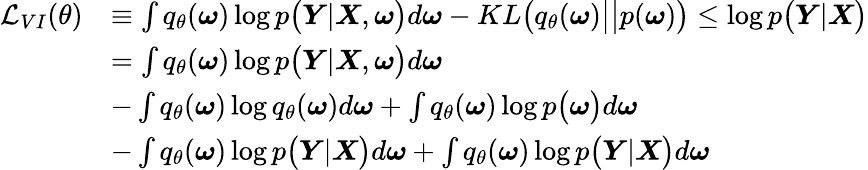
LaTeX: \begin{array}{rl}{\mathcal{L}_{VI}(\theta)}&{\equiv\int q_{\theta}(\boldsymbol{\omega})\log p\big(\boldsymbol{Y}|\boldsymbol{X},\boldsymbol{\omega}\big)d\boldsymbol{\omega}-KL\big(q_{\theta}(\boldsymbol{\omega})\big|\big|p(\boldsymbol{\omega})\big)\leq\log p\big(\boldsymbol{Y}|\boldsymbol{X}\big)}\\ &{=\int q_{\theta}(\boldsymbol{\omega})\log p\big(\boldsymbol{Y}|\boldsymbol{X},\boldsymbol{\omega}\big)d\boldsymbol{\omega}}\\ &{-\int q_{\theta}(\boldsymbol{\omega})\log q_{\theta}(\boldsymbol{\omega})d\boldsymbol{\omega}+\int q_{\theta}(\boldsymbol{\omega})\log p\big(\boldsymbol{\omega}\big)d\boldsymbol{\omega}}\\ &{-\int q_{\theta}(\boldsymbol{\omega})\log p\big(\boldsymbol{Y}|\boldsymbol{X}\big)d\boldsymbol{\omega}+\int q_{\theta}(\boldsymbol{\omega})\log p\big(\boldsymbol{Y}|\boldsymbol{X}\big)d\boldsymbol{\omega}}\end{array}